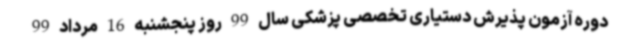
دوره آزمون پذیرش دستیاری تخصصی پزشکی سال 99 روز پنجشنبه 16 مرداد 99